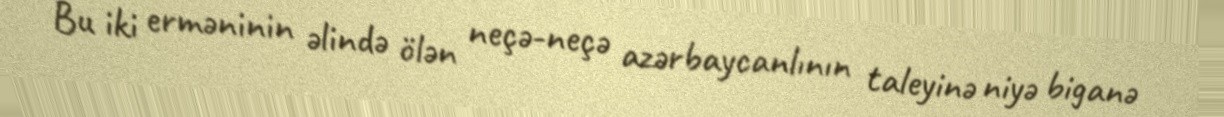
Bu iki erməninin əlində ölən neçə-neçə azərbaycanlının taleyinə niyə biganə